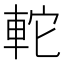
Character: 䡐